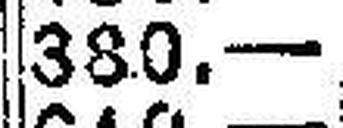
380.—